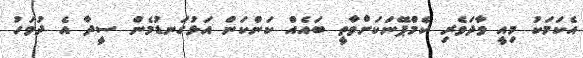
އެކަމަކު މިއީ ވާދަވެރި ކެމްޕޭނަކަށްވާތީ ބައެއް ކަންކަން އަޅުގަނޑުމެން ސީދާ އެ ދުވަހު